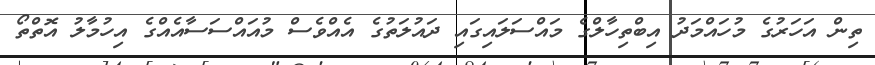
ތިން އަހަރުގެ މުހައްމަދު އިބްތިހާލްގެ މައްސަލައިގައި ދައުލަތުގެ އެއްވެސް މުއައްސަސާއެއްގެ އިހުމާލު އޮތްތޯ